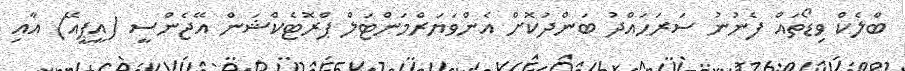
ބްލެކް ވިޑޯތައް ފެނުނު ސަރަހައްދު ބަންދުކޮށް އެންވަޔަރްމަންޓަލް ޕްރޮޓެކްޝަން އޭޖެންސީ (އީޕީއޭ) އާއި